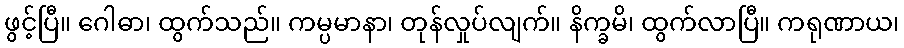
ဖွင့်ပြီ။ ဂေါဓာ၊ ထွက်သည်။ ကမ္ပမာနာ၊ တုန်လှုပ်လျက်။ နိက္ခမိ၊ ထွက်လာပြီ။ ကရုဏာယ၊